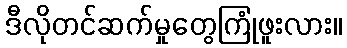
ဒီလိုတင်ဆက်မှုတွေကြုံဖူးလား။